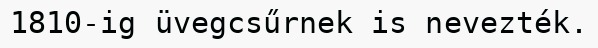
1810-ig üvegcsűrnek is nevezték.